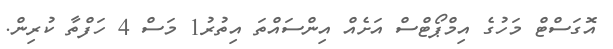
އޮގަސްޓް މަހުގެ އިމްޕޯޓްސް އަށެއް އިންސައްތަ އިތުރު1 މަސް 4 ހަފްތާ ކުރިން.